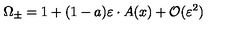
\Omega _ { \pm } = 1 + ( 1 - a ) \varepsilon \cdot A ( x ) + { \cal O } ( \varepsilon ^ { 2 } )